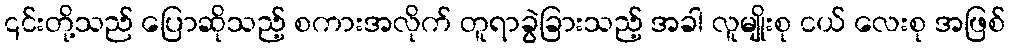
၎င်းတို့သည် ပြောဆိုသည့် စကားအလိုက် တူရာခွဲခြားသည့် အခါ လူမျိုးစု ငယ် လေးစု အဖြစ်